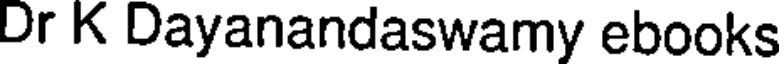
Dr K Dayanandaswamy ebooks